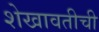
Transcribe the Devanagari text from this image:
शेखावतीची